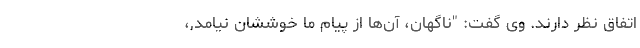
اتفاق نظر دارند. وی گفت: "ناگهان، آن‌ها از پیام ما خوششان نیامد,،